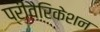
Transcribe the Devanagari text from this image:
प्रीवैरिकेशन